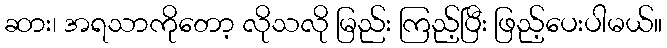
ဆား၊ အရသာကိုတော့ လိုသလို မြည်း ကြည့်ပြီး ဖြည့်ပေးပါမယ်။